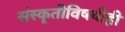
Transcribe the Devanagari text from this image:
संस्कृतीविषयीही